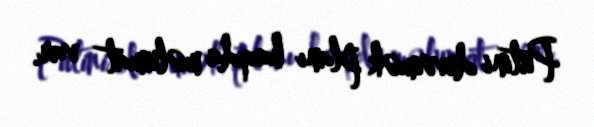
Putini devirmək planı haqda məlumat var.